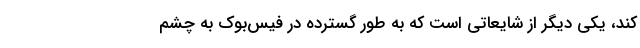
کند، یکی دیگر از شایعاتی‌ است که به طور گسترده در فیس‌بوک به چشم